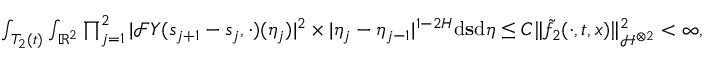
\begin{array} { r } { \int _ { T _ { 2 } ( t ) } \int _ { \mathbb { R } ^ { 2 } } \prod _ { j = 1 } ^ { 2 } | \mathcal { F } Y ( s _ { j + 1 } - s _ { j } , \cdot ) ( \eta _ { j } ) | ^ { 2 } \times | \eta _ { j } - \eta _ { j - 1 } | ^ { 1 - 2 H } \ensuremath { \mathrm { d } } \mathbf { s } \ensuremath { \mathrm { d } } \boldsymbol \eta \le C \Vert \tilde { f _ { 2 } } ( \cdot , t , x ) \Vert _ { \mathcal { H } ^ { \otimes 2 } } ^ { 2 } < \infty , } \end{array}